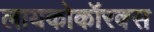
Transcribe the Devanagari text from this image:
लायकोकॉरक्स